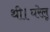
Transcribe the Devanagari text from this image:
थी।घरेलू